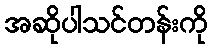
အဆိုပါသင်တန်းကို